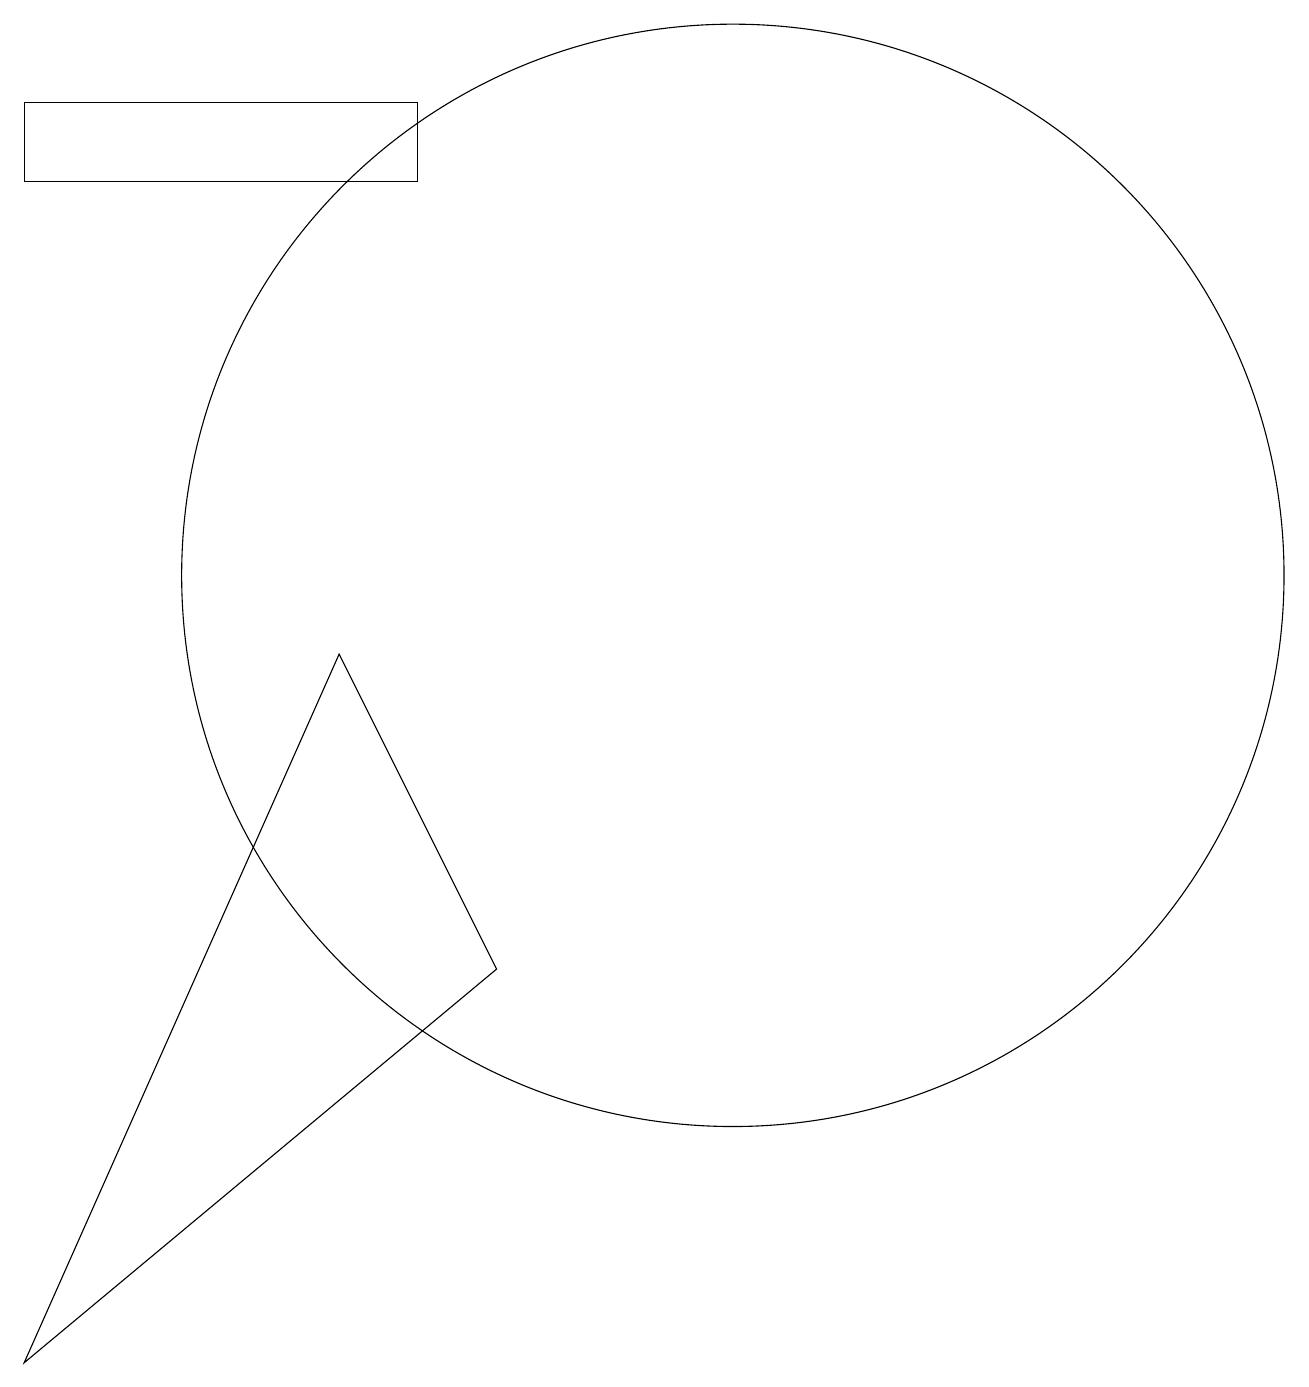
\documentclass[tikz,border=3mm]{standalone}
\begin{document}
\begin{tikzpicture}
\draw (10,10) circle (7);
\draw (7,5) -- (5,9) -- (1,0) -- cycle;
\draw (1,16) rectangle (6,15);
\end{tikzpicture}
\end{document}